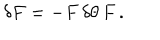
\delta F = - F \, \delta \theta \, F \, .